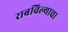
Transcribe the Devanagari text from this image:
राबविल्याचा